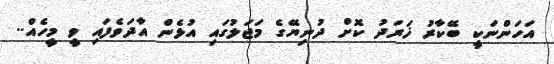
އަހަންނަކީ ބޭކާރު ޚަރަދު ކޮށް ދުނިޔޭގެ މަޖަލުގައި އުޅެން އާދަވެފައި ވީ މީހެއް..